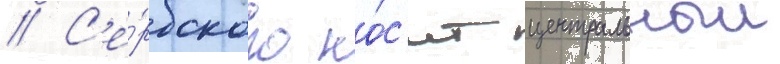
// С'е́рбского но́с'ит центральныи